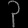
Digit: ၃